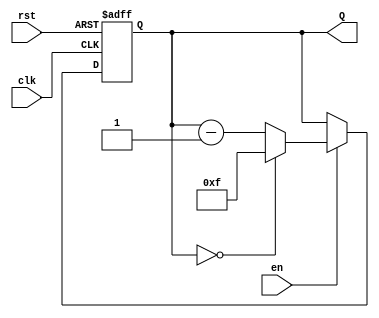
module binary_down_counter #(
    parameter N = 4  // Define parameter for bit width, N = 4 for a 4-bit counter
) (
    input wire clk,     // Clock signal
    input wire rst,     // Asynchronous reset signal (active high)
    input wire en,      // Enable signal
    output reg [N-1:0] Q // Counter output
);

// Maximum count value for N bits
localparam MAX_COUNT = (1 << N) - 1;  // This equals 2^N - 1

// Always block for sequential logic
always @(posedge clk or posedge rst) begin
    if (rst) begin
        // Reset the counter to the maximum value
        Q <= MAX_COUNT;
    end else if (en) begin
        if (Q == 0) begin
            // Wrap around to maximum count
            Q <= MAX_COUNT;
        end else begin
            // Decrement the counter
            Q <= Q - 1;
        end
    end
end

endmodule